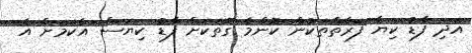
އަދި ފާޑު ކިޔާ ފަރާތްތަކުން ކޮންމެ ގޮތަކަށް ފާޑު ކިޔަސް އެކަމަށް އެ